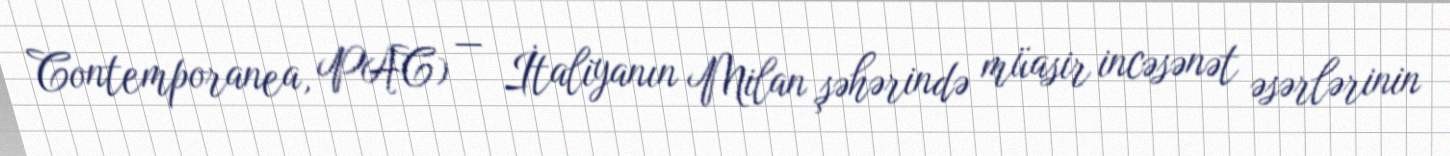
Contemporanea, PAC) — İtaliyanın Milan şəhərində müasir incəsənət əsərlərinin